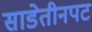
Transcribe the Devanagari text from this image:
साडेतीनपट